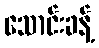
သောင်းခန့်